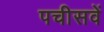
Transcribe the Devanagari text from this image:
पचीसवें